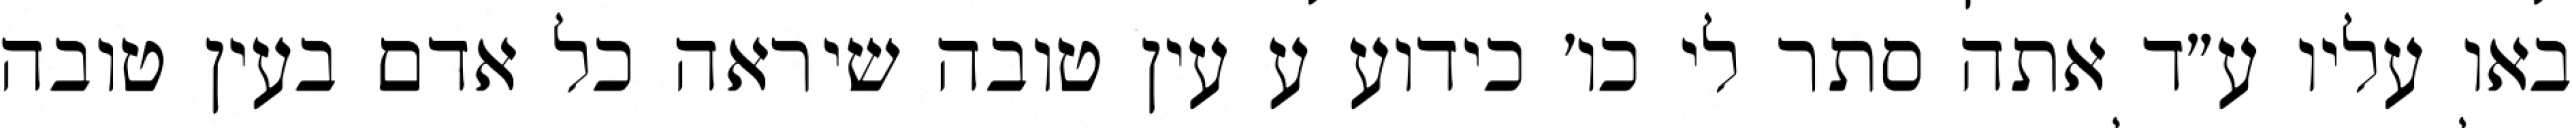
באו עליו ע״ד אתה סתר לי כו׳ כידוע ע עין טובה שיראה כל אדם בעין טובה